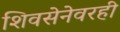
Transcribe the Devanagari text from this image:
शिवसेनेवरही